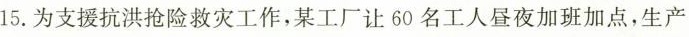
15.为支援抗洪抢险救灾工作，某工厂让60名工人昼夜加班加点，生产